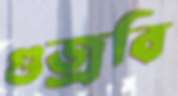
গুজ্‌রবি